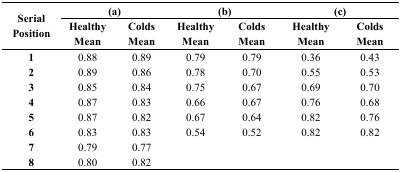
| <ROWSPAN=2> Serial Position | <COLSPAN=2> (a) | <COLSPAN=2> (b) | <COLSPAN=2> (c) |
 | Healthy | Colds | Healthy | Colds | Healthy | Colds |
 |  | Mean | Mean | Mean | Mean | Mean | Mean |
 | --- | --- | --- | --- | --- | --- | --- |
 | 1 | 0.88 | 0.89 | 0.79 | 0.79 | 0.36 | 0.43 |
 | 2 | 0.89 | 0.86 | 0.78 | 0.70 | 0.55 | 0.53 |
 | 3 | 0.85 | 0.84 | 0.75 | 0.67 | 0.69 | 0.70 |
 | 4 | 0.87 | 0.83 | 0.66 | 0.67 | 0.76 | 0.68 |
 | 5 | 0.87 | 0.82 | 0.67 | 0.64 | 0.82 | 0.76 |
 | 6 | 0.83 | 0.83 | 0.54 | 0.52 | 0.82 | 0.82 |
 | 7 | 0.79 | 0.77 |  |  |  |  |
 | 8 | 0.80 | 0.82 |  |  |  |  |